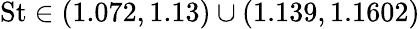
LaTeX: \textrm{St}\in(1.072,1.13)\cup(1.139,1.1602)